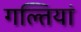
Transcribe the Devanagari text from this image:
गल्तियां